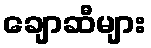
ချောဆီများ